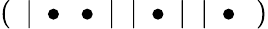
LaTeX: (\ \ |\ \bullet\ \bullet\ |\ \ |\ \bullet\ |\ \ |\ \bullet\ \ )